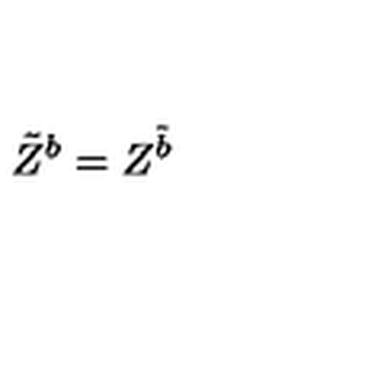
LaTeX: \tilde { Z } ^ { b } = Z ^ { \tilde { b } }